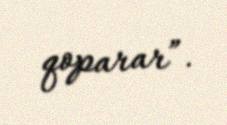
qoparar”.